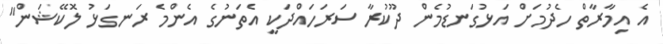
އެ އިމާރާތް ހެދުމަށް އަޅުގަނޑުމެން ދޫކުރާ ސަރަހައްދަކީ އެތަނުގެ އެންމެ ރަނގަޅު ލޮކޭޝަން"